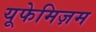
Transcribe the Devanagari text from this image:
यूफेमिज़म